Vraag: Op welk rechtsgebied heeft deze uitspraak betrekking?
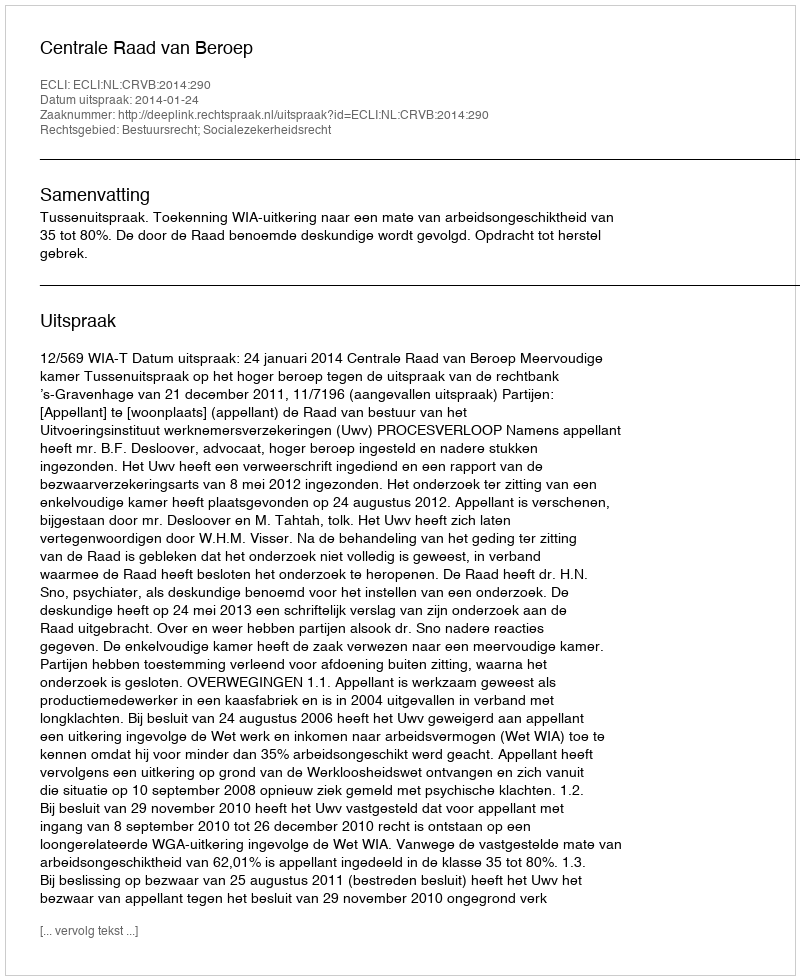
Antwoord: Bestuursrecht; Socialezekerheidsrecht